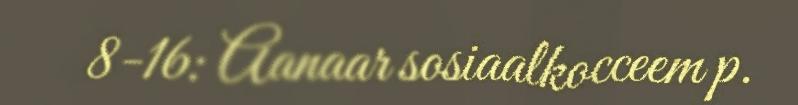
8-16: Aanaar sosiaalkocceem p.